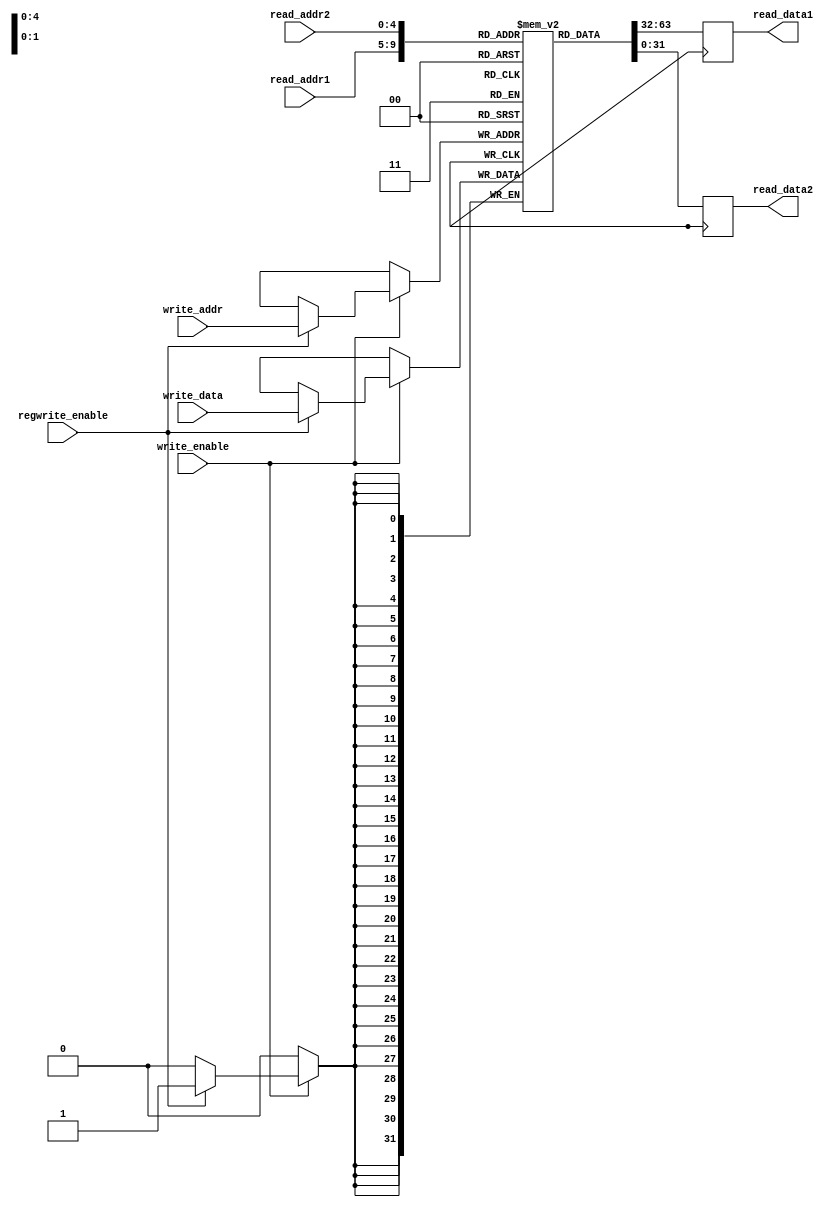
module register_file (
    input [31:0] write_data,
    input [4:0] write_addr,
    input [4:0] read_addr1,
    input [4:0] read_addr2,
    input write_enable,
    input regwrite_enable,
    output reg [31:0] read_data1,
    output reg [31:0] read_data2
);

reg [31:0] registers [31:0];

always @ (posedge clk) begin
    if (write_enable) begin
        if (regwrite_enable) begin
            registers[write_addr] <= write_data;
        end
    end
    read_data1 <= registers[read_addr1];
    read_data2 <= registers[read_addr2];
end

endmodule